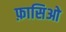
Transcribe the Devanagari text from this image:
फ़ासिओ